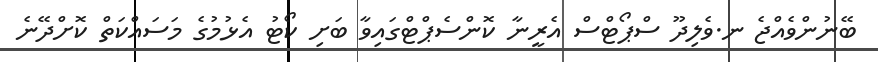
ބޭނުންވެއްޖެ ނ.ވެލިދޫ ސްޕޯޓްސް އެރީނާ ކޮންސެޕްޓްގައިވާ ބަށި ކޯޓު އެޅުމުގެ މަސައްކަތް ކޮށްދޭނެ